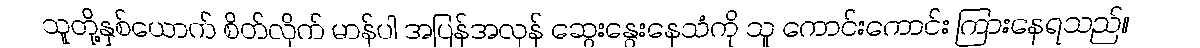
သူတို့နှစ်ယောက် စိတ်လိုက် မာန်ပါ အပြန်အလှန် ဆွေးနွေးနေသံကို သူ ကောင်းကောင်း ကြားနေရသည်။